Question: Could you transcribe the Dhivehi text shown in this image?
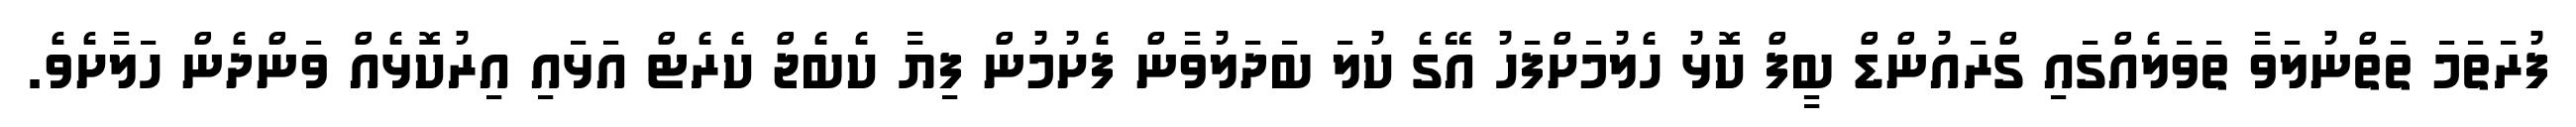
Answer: ފުރަތަމަ ތަތްނުލަވާ ތަވަލެއްގައި ގްރައުންޑް ބީފް ކޮޅު ހެލުމަށްފަހު އޭގެ ކުލަ ބަދަލުވާން ފެށުމުން ފިޔާ ކެބެޖް ކެރެޓް އަޅައި އިރުކޮޅެއް ވަންދެން ހަލާށެވެ.